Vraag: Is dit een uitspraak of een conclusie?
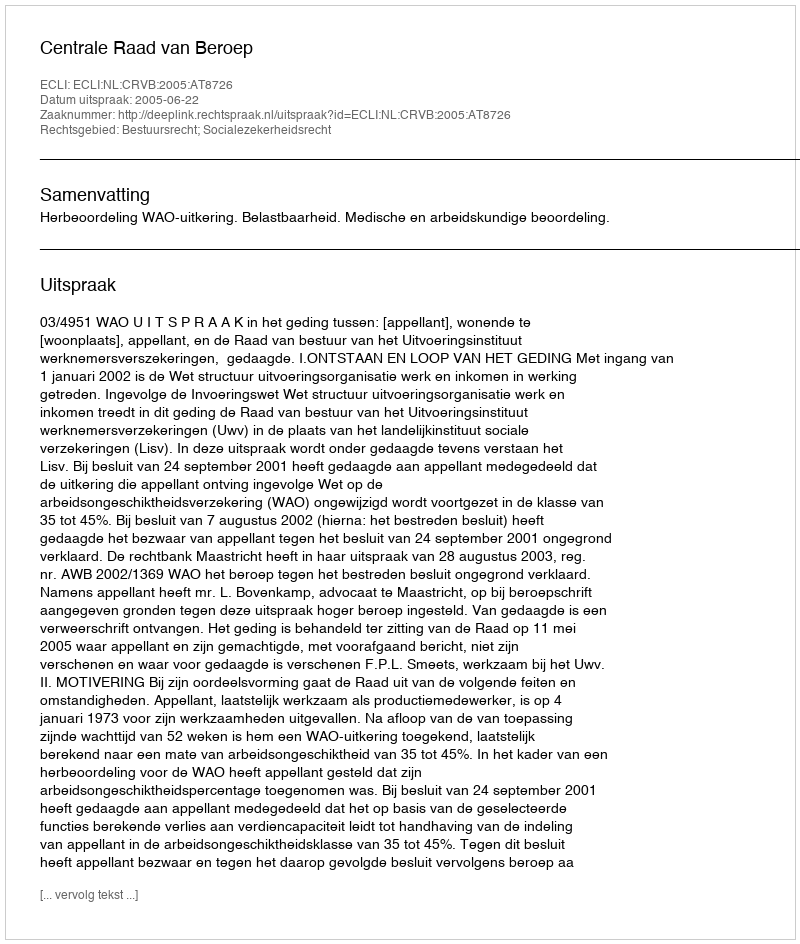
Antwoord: Uitspraak